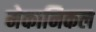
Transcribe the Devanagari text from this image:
मेकानिकल